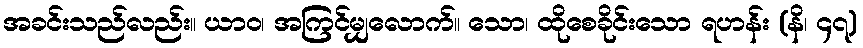
အခင်းသည်လည်း။ ယာဝ၊ အကြင်မျှလောက်။ သော၊ ထိုစေခိုင်းသော ရဟန်း (နိ၊ ၄၇)